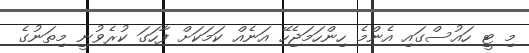
މި ޓީ ހައުސްގައި އެންމެ ހިންހަމަޖެހޭ އަނެއް ކަމަކަށް ފާހަގަ ކުރެވުނީ މިތަނުގެ